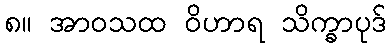
၈။ အာဝသထ ဝိဟာရ သိက္ခာပုဒ်